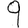
Digit: 9